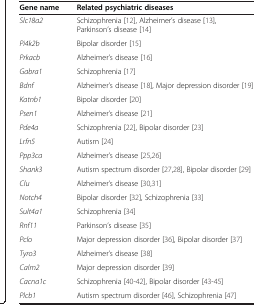
| Gene name | Related psychiatric diseases |
 | --- | --- |
 | Slc18a2 | Schizophrenia[12], Alzheimer’s disease[13], Parkinson’s disease[14] |
 | Pi4k2b | Bipolar disorder[15] |
 | Prkacb | Alzheimer’s disease[16] |
 | Gabra1 | Schizophrenia[17] |
 | Bdnf | Alzheimer’s disease[18], Major depression disorder[19] |
 | Katnb1 | Bipolar disorder[20] |
 | Psen1 | Alzheimer’s disease[21] |
 | Pde4a | Schizophrenia[22], Bipolar disorder[23] |
 | Lrfn5 | Autism[24] |
 | Ppp3ca | Alzheimer’s disease[25,26] |
 | Shank3 | Autism spectrum disorder[27,28], Bipolar disorder[29] |
 | Clu | Alzheimer’s disease[30,31] |
 | Notch4 | Bipolar disorder[32], Schizophrenia[33] |
 | Sult4a1 | Schizophrenia[34] |
 | Rnf11 | Parkinson’s disease[35] |
 | Pclo | Major depression disorder[36], Bipolar disorder[37] |
 | Tyro3 | Alzheimer’s disease[38] |
 | Calm2 | Major depression disorder[39] |
 | Cacna1c | Schizophrenia[40-42], Bipolar disorder[43-45] |
 | Plcb1 | Autism spectrum disorder[46], Schizophrenia[47] |